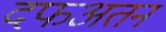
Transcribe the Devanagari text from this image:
दफअतन